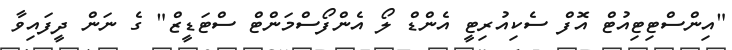
"އިންސްޓިޓިއުޓް އޮފް ސެކިއުރިޓީ އެންޑް ލޯ އެންފޯސްމަންޓް ސްޓަޑީޒް" ގެ ނަން ދީފައިވާ